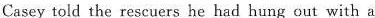
Casey told the rescuers he had hung out with a